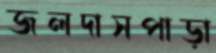
জলদাসপাড়া